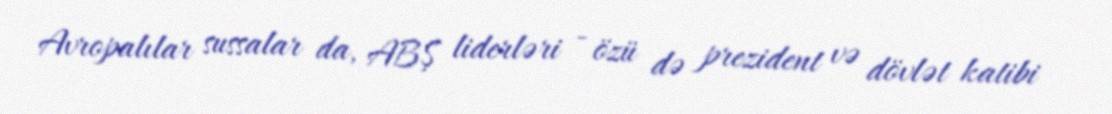
Avropalılar sussalar da, ABŞ liderləri - özü də prezident və dövlət katibi